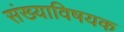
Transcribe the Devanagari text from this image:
संख्याविषयक